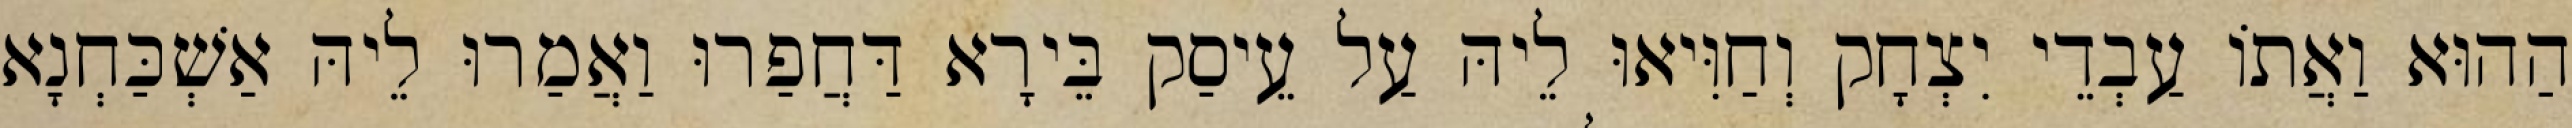
הַהוּא וַאֲתוֹ עַבְדֵי יִצְחָק וְחַוִּיאוּ לֵיהּ עַל עֵיסַק בֵּירָא דַּחֲפַרוּ וַאֲמַרוּ לֵיהּ אַשְׁכַּחְנָא